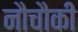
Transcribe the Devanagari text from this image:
नौचौकी